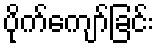
ပိုက်ကျော်ခြင်း